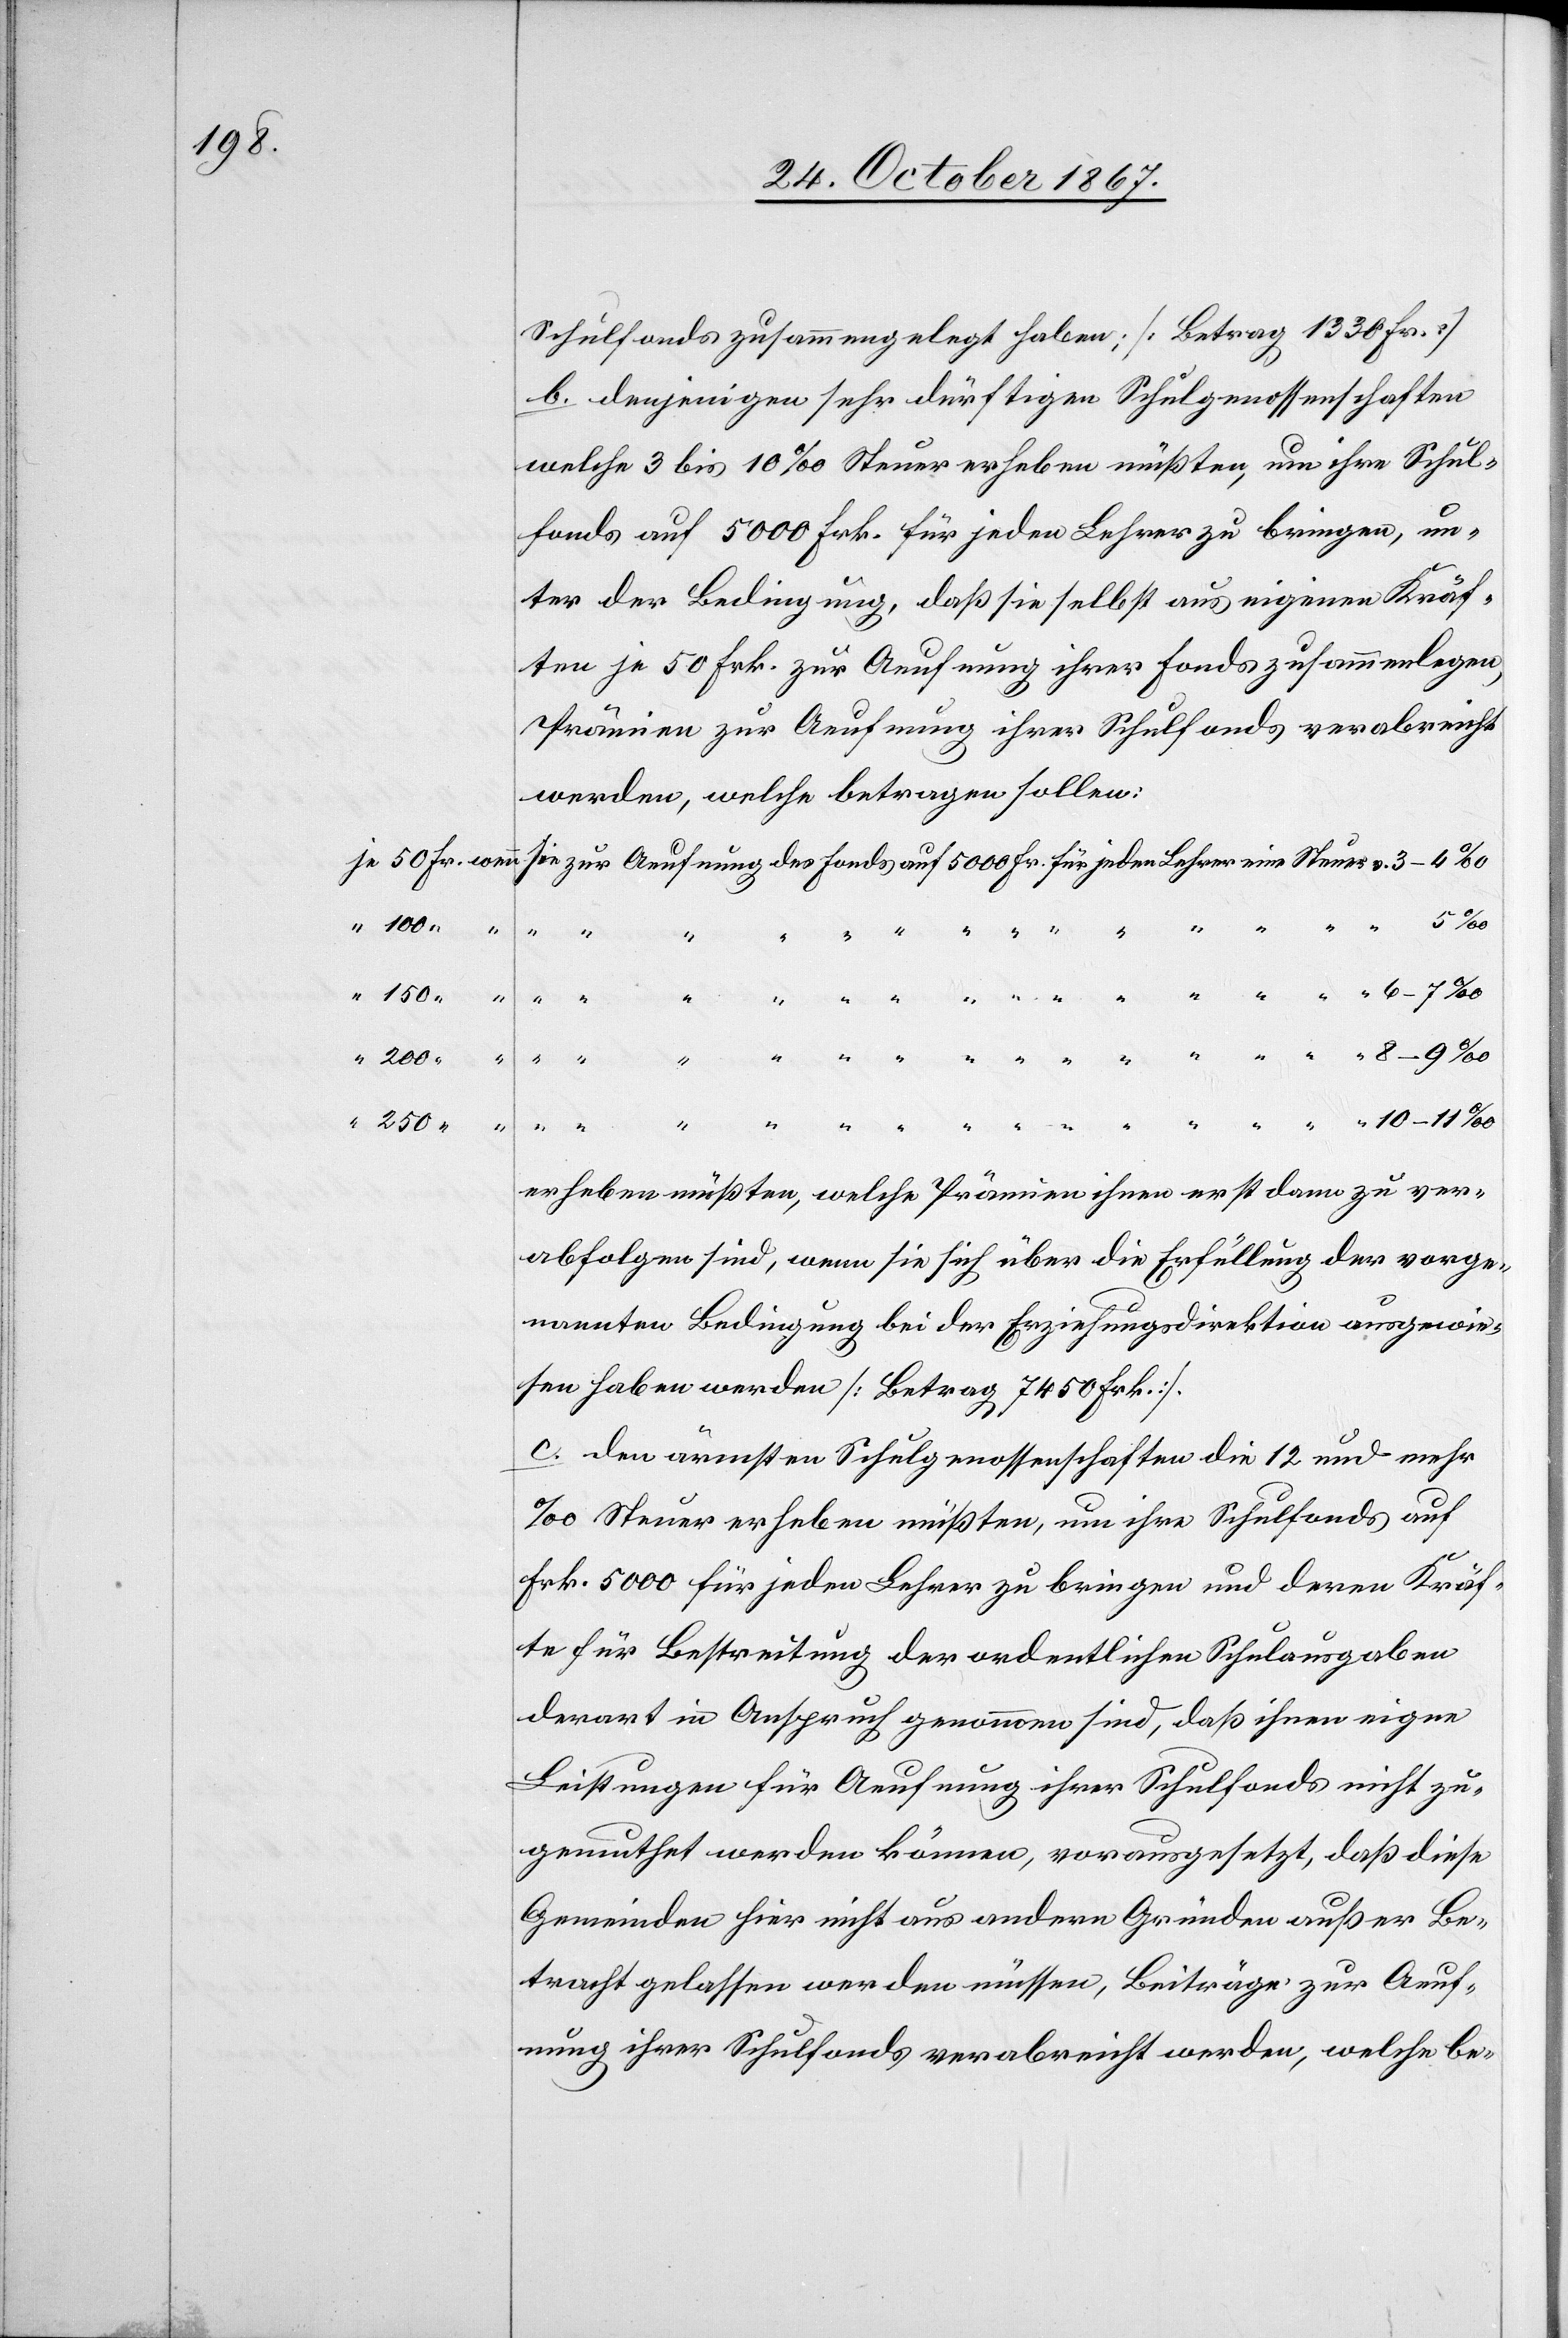
v.
100
150
200
250
“

Schulfonds zusammengelegt haben; [Betrag 1338 Fr.]
b. denjenigen sehr dürftigen Schulgenossenschaften
welche 3 bis 10‰ Steuer erheben müßten, um ihre Schul¬
fonds auf 5000 Frk. für jeden Lehrer zu bringen, un¬
ter der Bedingung, daß sie selbst aus eignen Kräf¬
ten je 50 Frk. zur Aeufnung ihrer Fonds zusammenlegen,
Prämien zur Aeufnung ihrer Schulfonds verabreicht
werden, welche betragen sollen:
erheben müßten, welche Prämien ihnen erst dann zu ver¬
abfolgen sind, wenn sie sich über die Erfüllung der vorge¬
nannten Bedingung bei der Erziehungsdirektion ausgewie¬
sen haben werden [Betrag 7450 Frk.].
c. den ärmsten Schulgenossenschaften die 12 und mehr
‰ Steuer erheben müßten, um ihre Schulfonds auf
Frk. 5000 für jeden Lehrer zu bringen und deren Kräf¬
te für Bestreitung der ordentlichen Schulausgaben
derart in Anspruch genommen sind, daß ihnen eigne
Leistungen für Aeufnung ihrer Schulfonds nicht zu¬
gemuthet werden können, vorausgesetzt, daß diese
Gemeinde hier nicht aus andern Gründen außer Be¬
tracht gelassen werden müssen, Beiträge zur Aeuf¬
nung ihrer Schulfonds verabreicht werden, welche be-